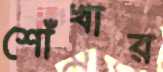
শোঁখার